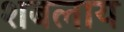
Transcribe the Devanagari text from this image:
शबलाय